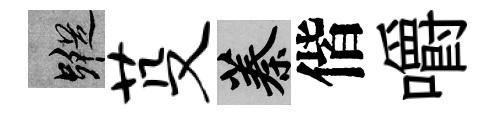
蹤芟蓁偕嚼